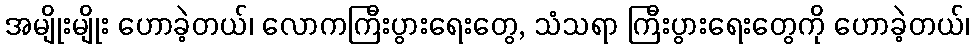
အမျိုးမျိုး ဟောခဲ့တယ်၊ လောကကြီးပွားရေးတွေ, သံသရာ ကြီးပွားရေးတွေကို ဟောခဲ့တယ်၊